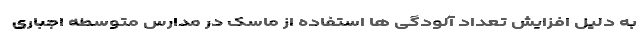
به دلیل افزایش تعداد آلودگی ها استفاده از ماسک در مدارس متوسطه اجباری